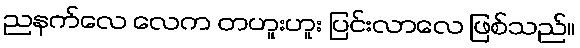
ညနက်လေ လေက တဟူးဟူး ပြင်းလာလေ ဖြစ်သည်။